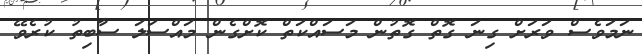
ނަމަވެސް ވަރަށް ގިނަ ގޮތް ގޮތުން މަސައްކަތް ކޮށްގެން މައްސަލަ ސާބިތު ކުރެވޭ